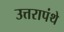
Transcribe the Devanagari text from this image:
उत्तरापंथे